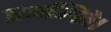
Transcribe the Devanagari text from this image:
समन्विते।